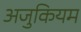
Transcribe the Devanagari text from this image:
अजुकियम